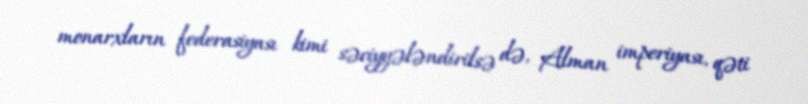
monarxların federasiyası kimi səciyyələndirilsə də, Alman imperiyası, qəti